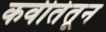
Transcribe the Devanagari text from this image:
कवीतेतून